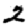
Digit: 2